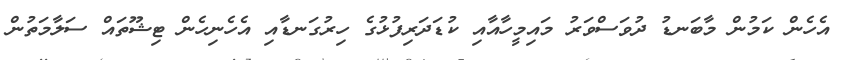
އެހެން ކަމުން މާބަނޑު ދުވަސްވަރު މައިމީހާއާއި ކުޑަދަރިފުޅުގެ ހިރުގަނޑާއި އެހެނިހެން ޓިޝޫތައް ސަލާމަތުން